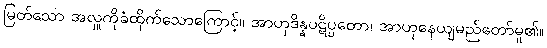
မြတ်သော အလှူကိုခံထိုက်သောကြောင့်။ အာဟုဒိန္နပဋိပ္ပတော၊ အာဟုနေယျမည်တော်မူ၏။